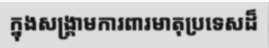
ក្នុងសង្គ្រាមការពារមាតុប្រទេសដ៏